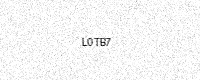
Text: L0TB7